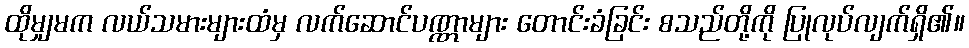
ထိုမျှမက လယ်သမားများထံမှ လက်ဆောင်ပဏ္ဏာများ တောင်းခံခြင်း စသည်တို့ကို ပြုလုပ်လျက်ရှိ၏။